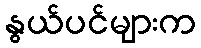
နွယ်ပင်များက